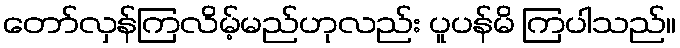
တော်လှန်ကြလိမ့်မည်ဟုလည်း ပူပန်မိ ကြပါသည်။